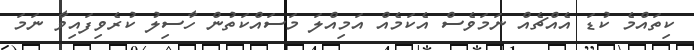
ކިތައްމެ ކުޑަ އެއްޗެއް ނަމަވެސް އެކަމެއް އަމިއްލަ މަސައްކަތުން ހާސިލު ކުރެވިފައިވާ ނަމަ